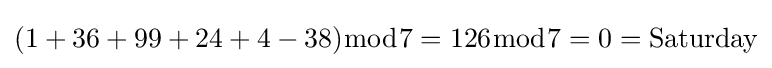
(1+36+99+24+4-38){\bmod {7}}=126{\bmod {7}}=0={\text{Saturday}}